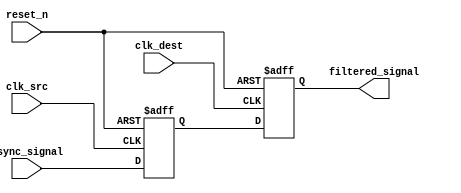
module metastability_filter (
    input wire clk_src,      // Source clock
    input wire clk_dest,     // Destination clock
    input wire async_signal,  // Asynchronous input signal
    input wire reset_n,      // Active low reset
    output reg filtered_signal // Filtered output signal
);

// Internal signals for the double flip-flop
reg ff1_out; // Output of the first flip-flop

// First flip-flop (clocked by the source clock)
always @(posedge clk_src or negedge reset_n) begin
    if (!reset_n) begin
        ff1_out <= 1'b0; // Initialize to a known state
    end else begin
        ff1_out <= async_signal; // Sample the asynchronous signal
    end
end

// Second flip-flop (clocked by the destination clock)
always @(posedge clk_dest or negedge reset_n) begin
    if (!reset_n) begin
        filtered_signal <= 1'b0; // Initialize to a known state
    end else begin
        filtered_signal <= ff1_out; // Sample the output of the first flip-flop
    end
end

endmodule